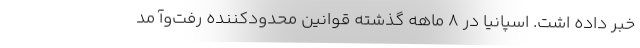
خبر داده اشت. اسپانیا در 8 ماهه گذشته قوانین محدودکننده رفت‌و‌آ مد